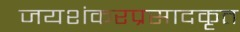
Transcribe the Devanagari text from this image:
जयशंकरप्रसादकृत